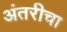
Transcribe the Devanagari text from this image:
अंतरीचा